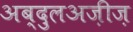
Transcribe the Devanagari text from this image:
अब्दुलअज़ीज़